Annual administration report of the Civil Veterinary Department of India - 1897-1898
Year: 1897
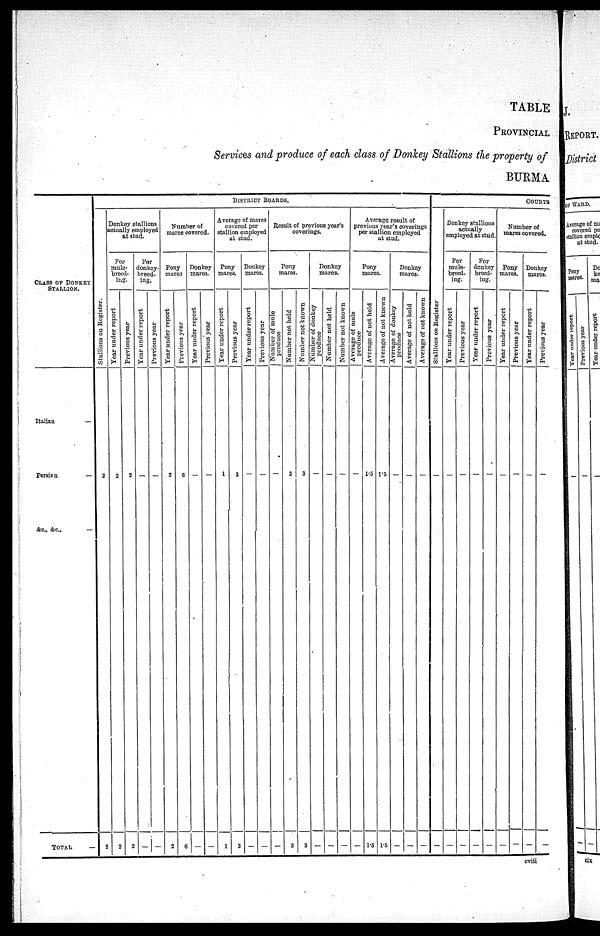
TABLE
PROVINCIAL
Services and produce of each class of Donkey Stallions the property of
BURMA
CLASS OF DONKEY
STALLION.
Italian
—
Persiau
—
&c., &c.,
—
TOTAL
—
DISTRICT BOARDS.
Stallions on Regi s t
er .
2
2
Donkey stallions
actually employed
at stud.
For
mule—
breed-
ing.
Year under report
2
2
Previous year
2
2
For
donkey—
breed—
ing.
Year under report
—
—
Previous year
—
—
Number of
mares covered.
Pony
mares.
Year under report
2
2
Previous year
6
6
Donkey
mares.
Year under report
—
—
Previous year
—
—
Average of mares
covered per
stallion employed
at stud.
Pony
mares.
Year under report
1
1
Previous year
3
3
Donkey
mares.
Year under report
—
—
Previous year
—
—
Result of previous year's
coverings.
Pony
mares.
Number of mule
produce
—
—
Number not held
3
3
Number not known
3
3
Donkey
mares.
A umber of donkey
produce
—
—
Number not held
—
—
Number not known
—
—
Average result of
previous year's coverings
per stallion employed
at stud.
Pony
mares.
Average of mule
produce
—
—
Average of not held
1.5
1.5
Average of not known
1.5
1.5
Donkey
mares.
Average of donkey
produce
—
—
Average of not held
—
—
Average of not known
—
—
COURTS
St al l
i
ons on Regi s t
er
—
—
Donkey stallions
actually
employed at stud.
For
mule—
breed-
ing.
Year under report
—
—
Previous year
—
—
For
donkey
breed-
ing.
Year under report
—
—
Provious year
—
—
Number of
mares covered.
Pony
mares.
Year under report
—
—
Previous year
—
—
Donkey
mares.
Year under report
—
—
Previous year
—
—
cviii